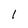
Character: 1